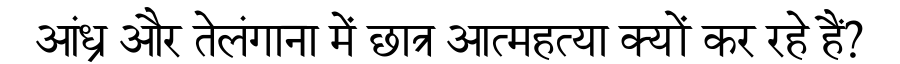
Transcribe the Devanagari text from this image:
आंध्र और तेलंगाना में छात्र आत्महत्या क्यों कर रहे हैं?